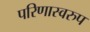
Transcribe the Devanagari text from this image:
परिणास्वरुप